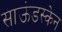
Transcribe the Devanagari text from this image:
साऊंडस्केन